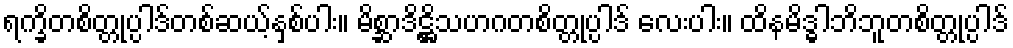
ရက္ခိတစိတ္တုပ္ပါဒ်တစ်ဆယ့်နှစ်ပါး။ မိစ္ဆာဒိဋ္ဌိသဟဂတစိတ္တုပ္ပါဒ် လေးပါး။ ထိနမိဒ္ဓါဘိဘူတစိတ္တုပ္ပါဒ်